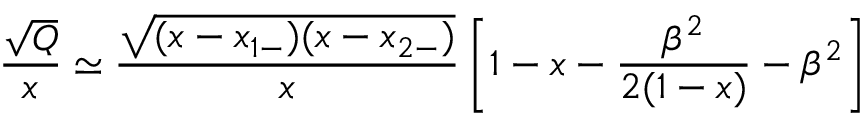
{ \frac { \sqrt { Q } } { x } } \simeq { \frac { \sqrt { ( x - x _ { 1 - } ) ( x - x _ { 2 - } ) } } { x } } \left[ 1 - x - { \frac { \beta ^ { 2 } } { 2 ( 1 - x ) } } - \beta ^ { 2 } \right]